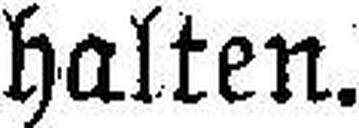
halten.